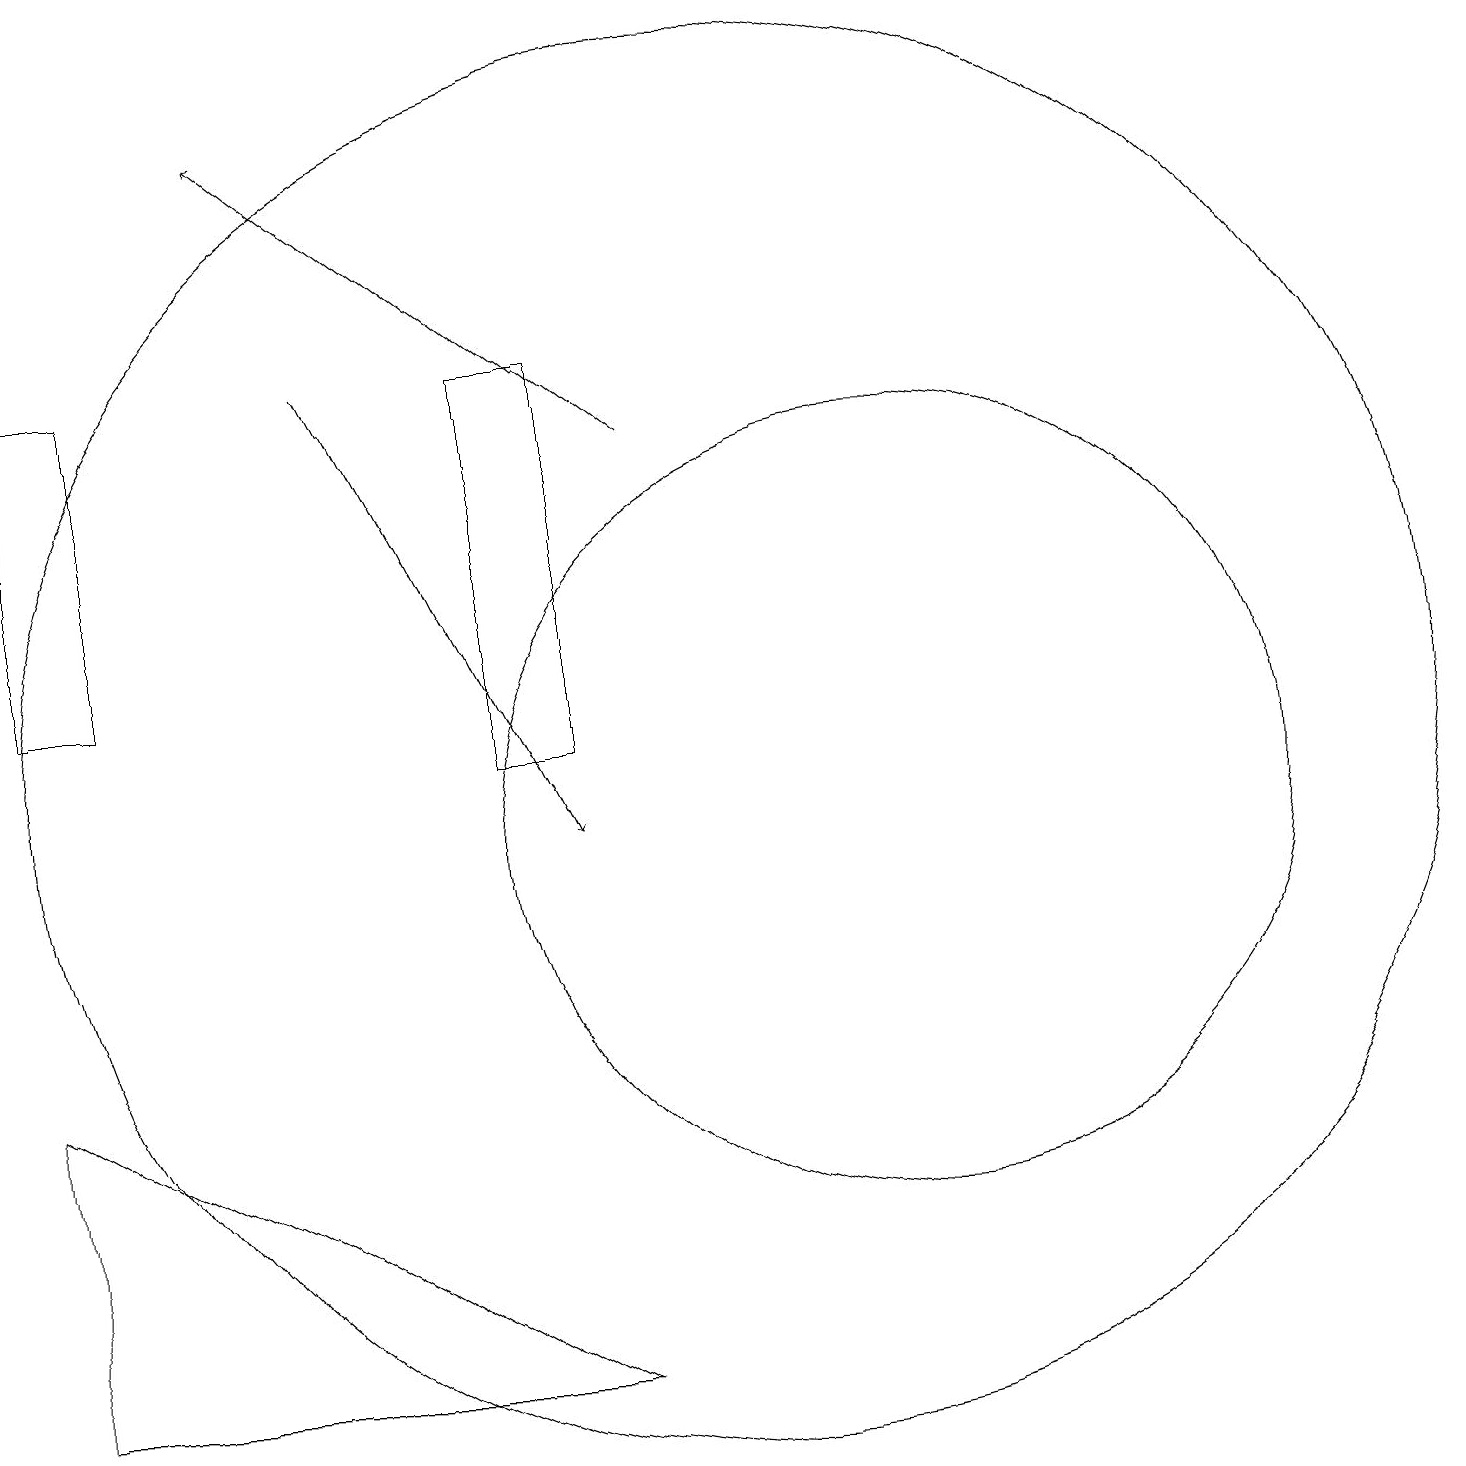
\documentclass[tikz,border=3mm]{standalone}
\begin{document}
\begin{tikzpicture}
\draw (2,16) rectangle (1,12);
\draw[->] (9,15) -- (4,19);
\draw[->] (5,16) -- (8,10);
\draw (1,3) -- (1,7) -- (8,3) -- cycle;
\draw (8,16) rectangle (7,11);
\draw (12,10) circle (5);
\draw (10,11) circle (9);
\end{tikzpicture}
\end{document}